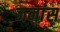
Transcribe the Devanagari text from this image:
जनांस